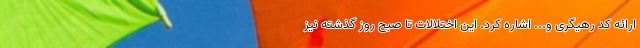
ارائه کد رهیگری و... اشاره کرد. این اختلالات تا صبح روز گذشته نیز